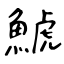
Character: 鯱